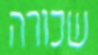
שכורה